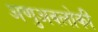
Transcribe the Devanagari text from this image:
अणुअवलोकी